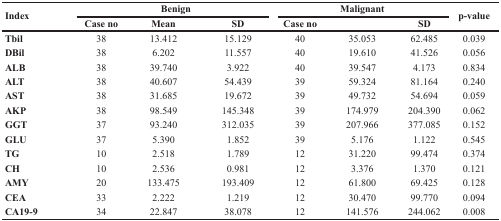
<table><thead><tr><td rowspan="2"><b>Index</b></td><td colspan="3"><b>Benign</b></td><td colspan="3"><b>Malignant</b></td><td rowspan="2"><b>p-value</b></td></tr><tr><td><b>Case no</b></td><td><b>Mean</b></td><td><b>SD</b></td><td><b>Case no</b></td><td></td><td><b>SD</b></td></tr></thead><tbody><tr><td><b>Tbil</b></td><td>38</td><td>13.412</td><td>15.129</td><td>40</td><td>35.053</td><td>62.485</td><td>0.039</td></tr><tr><td><b>DBil</b></td><td>38</td><td>6.202</td><td>11.557</td><td>40</td><td>19.610</td><td>41.526</td><td>0.056</td></tr><tr><td><b>ALB</b></td><td>38</td><td>39.740</td><td>3.922</td><td>40</td><td>39.547</td><td>4.173</td><td>0.834</td></tr><tr><td><b>ALT</b></td><td>38</td><td>40.607</td><td>54.439</td><td>39</td><td>59.324</td><td>81.164</td><td>0.240</td></tr><tr><td><b>AST</b></td><td>38</td><td>31.685</td><td>19.672</td><td>39</td><td>49.732</td><td>54.694</td><td>0.059</td></tr><tr><td><b>AKP</b></td><td>38</td><td>98.549</td><td>145.348</td><td>39</td><td>174.979</td><td>204.390</td><td>0.062</td></tr><tr><td><b>GGT</b></td><td>37</td><td>93.240</td><td>312.035</td><td>39</td><td>207.966</td><td>377.085</td><td>0.152</td></tr><tr><td><b>GLU</b></td><td>37</td><td>5.390</td><td>1.852</td><td>39</td><td>5.176</td><td>1.122</td><td>0.545</td></tr><tr><td><b>TG</b></td><td>10</td><td>2.518</td><td>1.789</td><td>12</td><td>31.220</td><td>99.474</td><td>0.374</td></tr><tr><td><b>CH</b></td><td>10</td><td>2.536</td><td>0.981</td><td>12</td><td>3.376</td><td>1.370</td><td>0.121</td></tr><tr><td><b>AMY</b></td><td>20</td><td>133.475</td><td>193.409</td><td>12</td><td>61.800</td><td>69.425</td><td>0.128</td></tr><tr><td><b>CEA</b></td><td>33</td><td>2.222</td><td>1.219</td><td>12</td><td>30.470</td><td>99.770</td><td>0.094</td></tr><tr><td><b>CA19-9</b></td><td>34</td><td>22.847</td><td>38.078</td><td>12</td><td>141.576</td><td>244.062</td><td>0.008</td></tr></tbody></table>